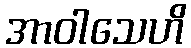
အာဝါသေဟိ